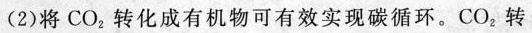
(2)将CO_{2}转化成有机物可有效实现碳循环。CO_{2}转